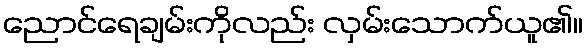
ညောင်ရေချမ်းကိုလည်း လှမ်းသောက်ယူ၏။